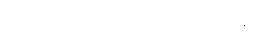
မဏ္ဍပ်တစ်ခုလုံး တိတ်ဆိတ်သွား၏။